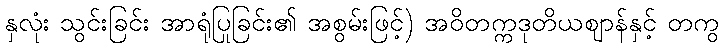
နှလုံး သွင်းခြင်း အာရုံပြုခြင်း၏ အစွမ်းဖြင့်) အဝိတက္ကဒုတိယဈာန်နှင့် တကွ